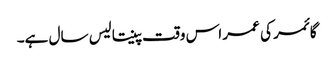
گائمر کی عمر اس وقت پینتالیس سال ہے۔